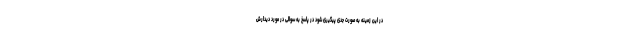
در این زمینه به صورت جدی پیگیری شود در پاسخ به سوالی در مورد دیدارش